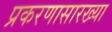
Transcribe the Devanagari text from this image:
प्रकरणासारख्या